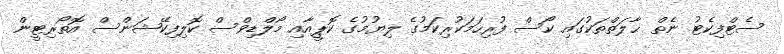
ސެޓްފިކެޓު ނެތް ޙާލަތްތަކުގައި ކޯސް ފުރިހަމަކުރިކަމުގެ ލިޔުމުގެ ކޮޕީއާއި މޯލްޑިވްސް ކޮލިފިކޭޝަންސް އޮތޯރިޓީން